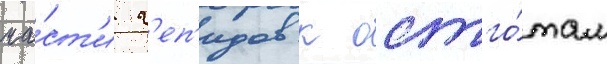
ча́ст'и г'еп'идов к остго́там